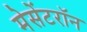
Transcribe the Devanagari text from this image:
मेसेंटरॉन